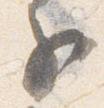
子